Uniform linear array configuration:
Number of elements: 8
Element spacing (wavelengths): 0.75
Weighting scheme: binomial
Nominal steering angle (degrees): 0
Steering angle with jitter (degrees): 1.242
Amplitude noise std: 0.05
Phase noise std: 0.05

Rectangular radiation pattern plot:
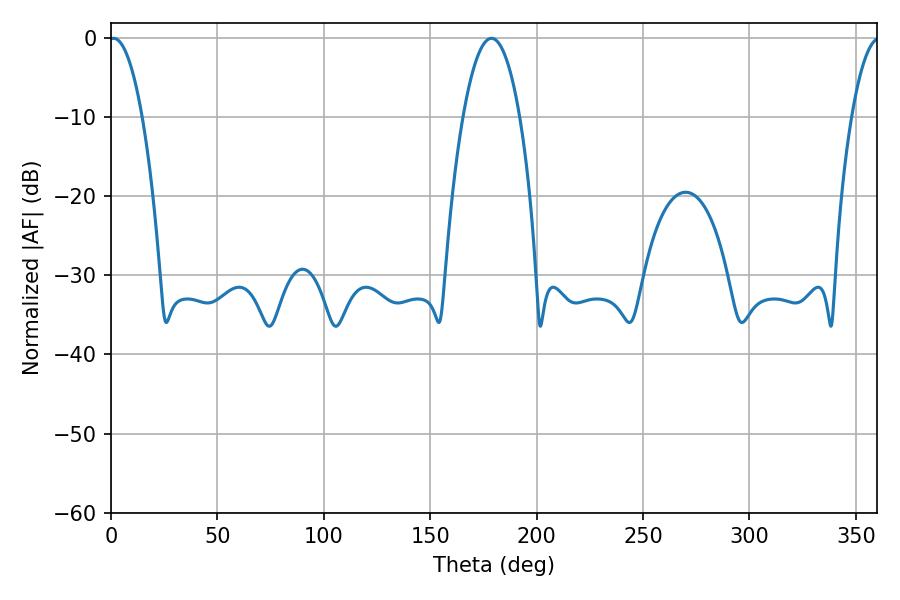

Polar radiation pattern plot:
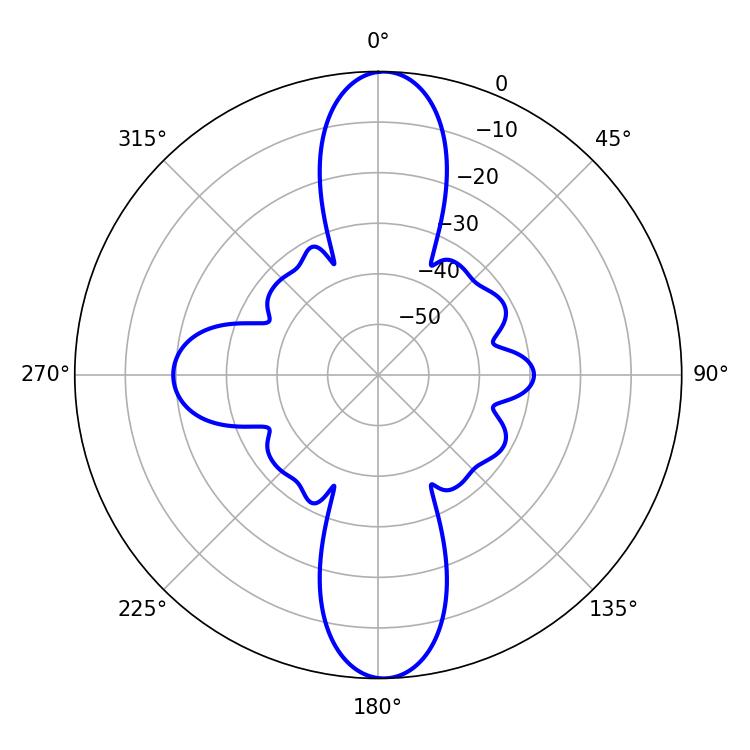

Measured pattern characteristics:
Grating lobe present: TRUE
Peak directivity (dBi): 23.88
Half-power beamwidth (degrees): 14.76
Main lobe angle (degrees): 178.74